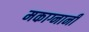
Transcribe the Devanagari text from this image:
मकाग्नानी